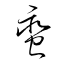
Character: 蠻